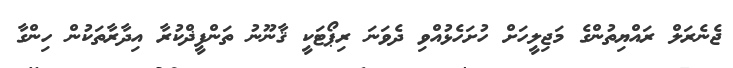
ޖެނެރަލް ރައްޔިތުންގެ މަޖިލީހަށް ހުށަހެޅުއްވި ދެވަނަ ރިޕޯޓަކީ ޤާނޫނު ތަންފީޛްކުރާ އިދާރާތަކުން ހިންގާ